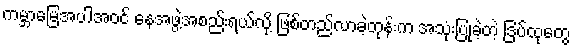
ကမ္ဘာမြေအပါအဝင် နေအဖွဲ့အစည်းရယ်လို့ ဖြစ်တည်လာခဲ့တုန်းက အသုံးပြုခဲ့တဲ့ ဒြပ်ထုတွေ